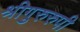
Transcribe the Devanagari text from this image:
श्रीगुरुरुपी